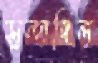
সুন্দাদিল